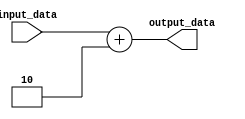
module GenerateParameterizedModule #(parameter WIDTH = 8, parameter DEPTH = 16) (
    input wire [WIDTH-1:0] input_data,
    output reg [WIDTH-1:0] output_data
);

// Combinational logic
assign output_data = input_data + 2;

// Sequential logic
always @(posedge clk) begin
    // Your sequential logic code goes here
end

endmodule